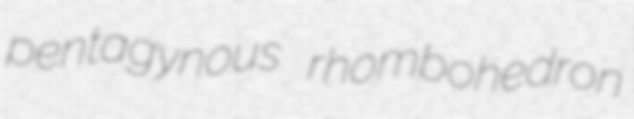
pentagynous rhombohedron